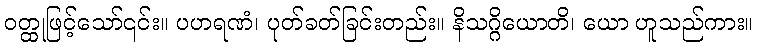
ဝတ္ထုဖြင့်သော်၎င်း။ ပဟရဏံ၊ ပုတ်ခတ်ခြင်းတည်း။ နိသဂ္ဂိယောတိ၊ ယော ဟူသည်ကား။